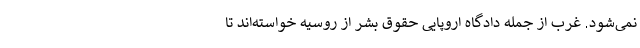
نمی‌شود. غرب از جمله دادگاه اروپایی حقوق بشر از روسیه خواسته‌اند تا